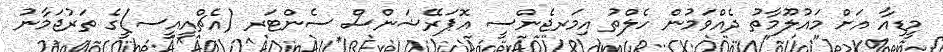
މީޑިއާ އަށް މައުލޫމާތު ދެއްވަމުން ހެލްތު އިމަރޖެންސީ އޮޕަރޭޝަންސް ސެންޓަރ (އެޗްއީއީސ)ީގެ ތަރުޖަމާނު